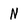
Character: N